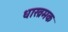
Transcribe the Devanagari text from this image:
धाख्रमक